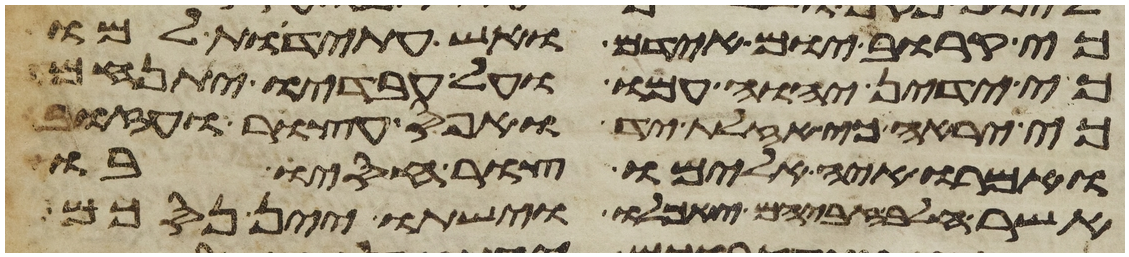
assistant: כי קרוב יום אידם וחש עתידת למו
כי ידין יהוה עמו ועל עבדיו יתנחם
כי יראה כי אזלת יד ואפס עצור ועזוב
ואמרו איה אלהימו צור חסיו בו
אשר חלב זבחיהם יאכלו וישתו יין נסכם